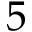
5